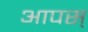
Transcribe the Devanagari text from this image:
आपस्‌